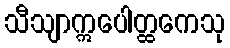
သီသျာဣပေါတ္ထကေသု